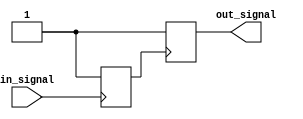
module schmitt_trigger_buffer(
    input wire in_signal,
    output reg out_signal
);

reg reg_signal;

always @(posedge in_signal)
begin
    if (in_signal == 1'b1) begin
        reg_signal <= 1'b1;
    end else begin
        reg_signal <= 1'b0;
    end
end

always @(posedge reg_signal)
begin
    if (reg_signal == 1'b1) begin
        out_signal <= 1'b1;
    end else begin
        out_signal <= 1'b0;
    end
end

endmodule